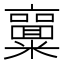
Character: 𱹨